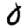
Digit: 0